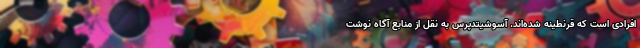
افرادی است که قرنطینه شده‌اند. آسوشیتدپرس به نقل از منابع آگاه نوشت